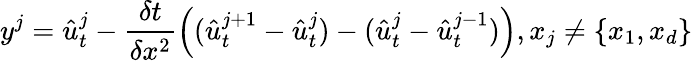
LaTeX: y^{j}=\hat{u}_{t}^{j}-\frac{\delta t}{\delta x^{2}}\left((\hat{u}_{t}^{j+1}-\hat{u}_{t}^{j})-(\hat{u}_{t}^{j}-\hat{u}_{t}^{j-1})\right),x_{j}\neq\{ x_{1},x_{d}\}